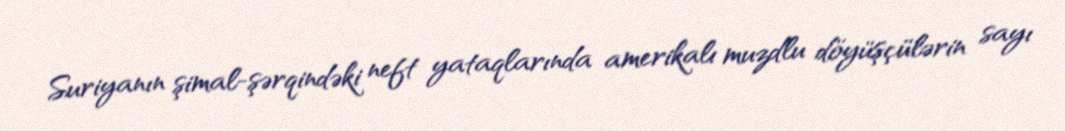
Suriyanın şimal-şərqindəki neft yataqlarında amerikalı muzdlu döyüşçülərin sayı